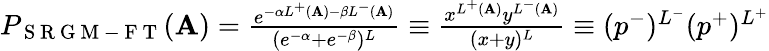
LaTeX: \begin{array}{r}{P_{\mathrm{~S~R~G~M~-~F~T~}}(\mathbf{A})=\frac{e^{-\alpha L^{+}(\mathbf{A})-\beta L^{-}(\mathbf{A})}}{(e^{-\alpha}+e^{-\beta})^{L}}\equiv\frac{x^{L^{+}(\mathbf{A})}y^{L^{-}(\mathbf{A})}}{(x+y)^{L}}\equiv(p^{-})^{L^{-}}(p^{+})^{L^{+}}}\end{array}